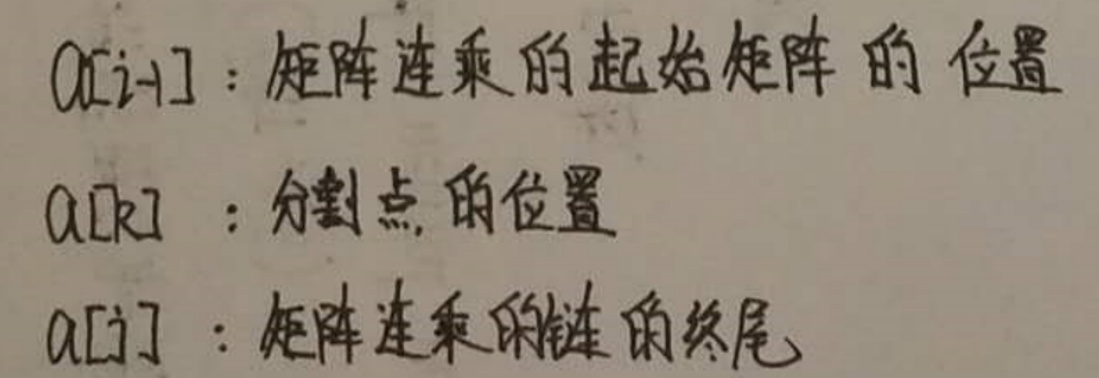
$a[i - 1]: $矩阵连乘的起始矩阵的位置\\
a[k]: 分割点的位置\\
a[j]: 矩阵连乘的链的终尾